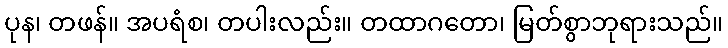
ပုန၊ တဖန်။ အပရံစ၊ တပါးလည်း။ တထာဂတော၊ မြတ်စွာဘုရားသည်။